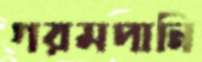
গরমপানি